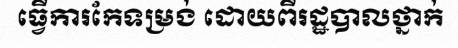
ធ្វើការកែទម្រង់ ដោយពីរដ្ឋបាលថ្នាក់